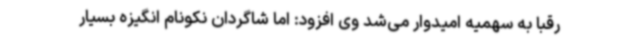
رقبا به سهمیه امیدوار می‌شد وی افزود: اما شاگردان نکونام انگیزه بسیار